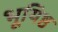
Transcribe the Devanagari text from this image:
भूयिष्ठ